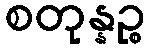
စတုန္နဉ္စ